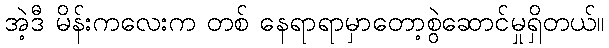
အဲ့ဒီ မိန်းကလေးက တစ် နေရာရာမှာတော့စွဲဆောင်မှုရှိတယ်။